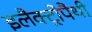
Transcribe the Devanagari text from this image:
इलैक्ट्रोपैथी